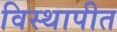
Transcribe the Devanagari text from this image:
विस्थापीत